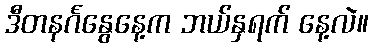
ဒီတနင်္ဂနွေနေ့က ဘယ်နှရက် နေ့လဲ။